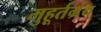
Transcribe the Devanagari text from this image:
मुहूर्तग्रंथ